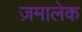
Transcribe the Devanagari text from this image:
ज़मालेक